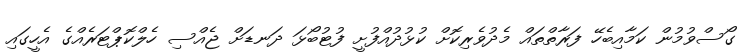
ގޯސްވުމުން ކަމާއިބެހޭ ފަރާތްތައް މެދުވެރިކޮށް ކުޅުދުއްފުށީ ފުޓުބޯޅަ ދަނޑަށް ޖެއްސި ހެލްކޮޕްޓަރެއްގެ އެހީގައި